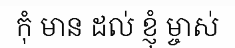
កុំ មាន ដល់ ខ្ញុំ ម្ចាស់